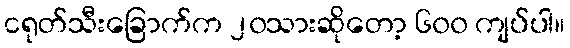
ငရုတ်သီးခြောက်က ၂၀သားဆိုတော့ ၆၀၀ ကျပ်ပါ။